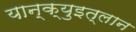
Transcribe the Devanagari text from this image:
यान्क्युइत्लान